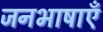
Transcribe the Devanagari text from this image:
जनभाषाएँ